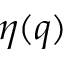
\eta ( q )